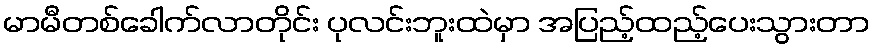
မာမီတစ်ခေါက်လာတိုင်း ပုလင်းဘူးထဲမှာ အပြည့်ထည့်ပေးသွားတာ